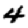
Digit: 4